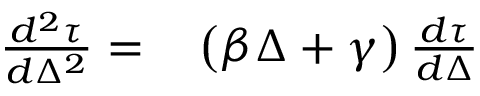
\begin{array} { r l } { \frac { d ^ { 2 } \tau } { d \Delta ^ { 2 } } = } & { { } \left( \beta \Delta + \gamma \right) \frac { d \tau } { d \Delta } } \end{array}